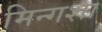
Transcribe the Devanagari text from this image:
मिन्गशा